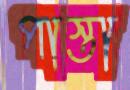
পাস্তা